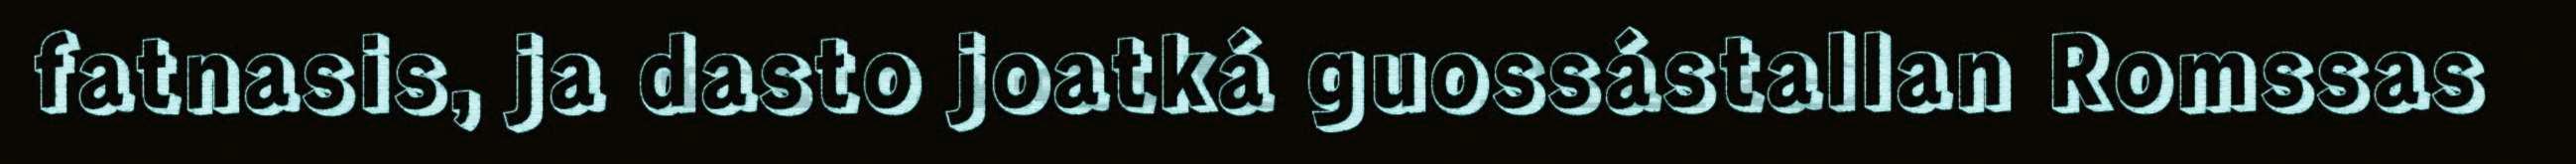
fatnasis, ja dasto joatká guossástallan Romssas